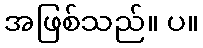
အဖြစ်သည်။ ပ။